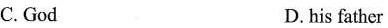
C.God D.his father